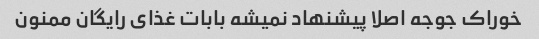
خوراک جوجه اصلا پیشنهاد نمیشه بابات غذای رایگان ممنون